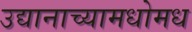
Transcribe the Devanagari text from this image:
उद्यानाच्यामधोमध